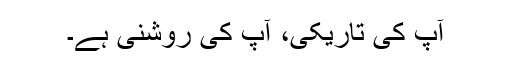
آپ کی تاریکی، آپ کی روشنی ہے۔